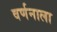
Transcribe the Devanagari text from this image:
वर्णनाला